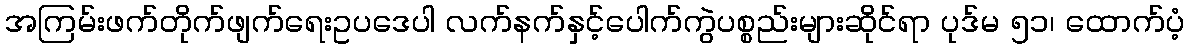
အကြမ်းဖက်တိုက်ဖျက်ရေးဥပဒေပါ လက်နက်နှင့်ပေါက်ကွဲပစ္စည်းများဆိုင်ရာ ပုဒ်မ ၅၁၊ ထောက်ပံ့